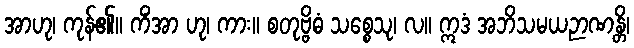
အာဟု၊ ကုန်၏။ ကိံအာ ဟု၊ ကား။ စတုဗ္ဗိဓံ သစ္စေသု၊ လ။ ဣဒံ အဘိသမယဉာဏန္တိ၊